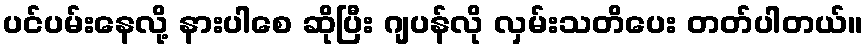
ပင်ပမ်းနေလို့ နားပါစေ ဆိုပြီး ဂျပန်လို လှမ်းသတိပေး တတ်ပါတယ်။